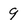
Character: 9